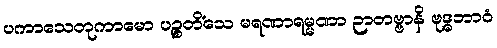
ပကာသေတုကာမော ပဉ္စတိံသေ မရဏာရမ္မဏာ ဉာတဗ္ဗာနိ ဗုဒ္ဓဘာဝံ